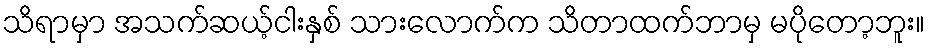
သိရာမှာ အသက်ဆယ့်ငါးနှစ် သားလောက်က သိတာထက်ဘာမှ မပိုတော့ဘူး။